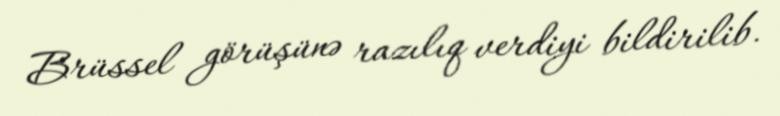
Brüssel görüşünə razılıq verdiyi bildirilib.